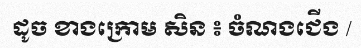
ដូច ខាងក្រោម សិន ៖ ចំណងជើង /